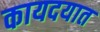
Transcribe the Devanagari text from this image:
कायदयात